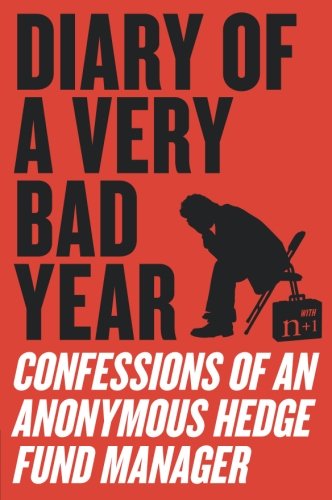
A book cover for Diary of a Very Bad Year: Confessions of an Anonymous Hedge Fund Manager; Anonymous Hedge Fund Manager; Business & Money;